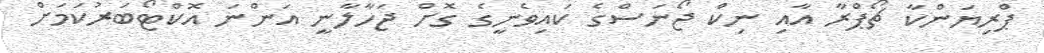
ޕްރިޔަންކާ ޗޯޕްރާ އާއި ނިކް ޖޯނަސްގެ ކައިވެނީގެ ގޮށް ޖަހާލާނީ އަންނަ އޮކްޓޯބަރުކަމަށް